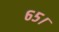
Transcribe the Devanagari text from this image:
६५।